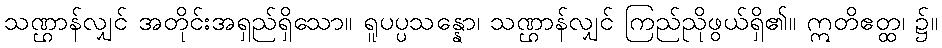
သဏ္ဌာန်လျှင် အတိုင်းအရှည်ရှိသော။ ရူပပ္ပသန္နော၊ သဏ္ဌာန်လျှင် ကြည်ညိုဖွယ်ရှိ၏။ ဣတိဧတ္ထ၊ ၌။